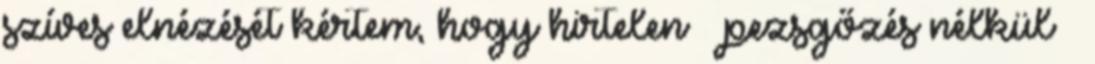
szíves elnézését kértem, hogy hir­te­len – pezsgőzés nélkül –